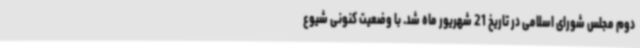
دوم مجلس شورای اسلامی در تاریخ 21 شهریور ماه شد. با وضعیت کنونی شیوع